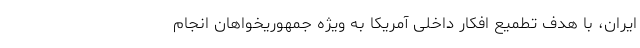
ایران، با هدف تطمیع افکار داخلی آمریکا به ویژه جمهوریخواهان انجام